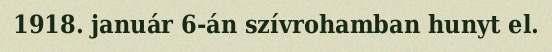
1918. január 6-án szívrohamban hunyt el.